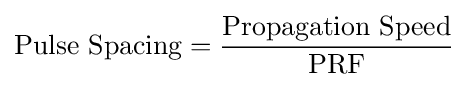
{\text{Pulse Spacing}}={\frac {\text{Propagation Speed}}{\text{PRF}}}